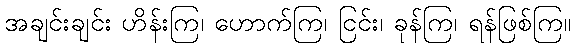
အချင်းချင်း ဟိန်းကြ၊ ဟောက်ကြ၊ ငြင်း၊ ခုန်ကြ၊ ရန်ဖြစ်ကြ။